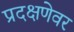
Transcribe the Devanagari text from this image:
प्रदक्षणेवर